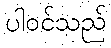
ပါဝင်သည်